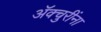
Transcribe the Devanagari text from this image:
ॲक्चुरींना